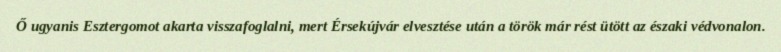
Ő ugyanis Esztergomot akarta visszafoglalni, mert Érsekújvár elvesztése után a török már rést ütött az északi védvonalon.